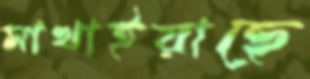
মাখাইয়াছে